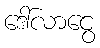
ဒေါ်လာငွေ